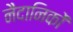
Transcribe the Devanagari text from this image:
नैदानिकों